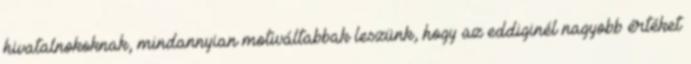
hivatalnokoknak, mindannyian motiváltabbak leszünk, hogy az eddiginél nagyobb értéket